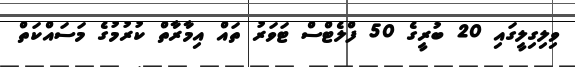
ވިލިގިލީގައި 20 ބުރީގެ 50 ފްލެޓްސް ޓަވަރު ތައް އިމާރާތް ކުރުމުގެ މަސައްކަތް